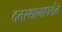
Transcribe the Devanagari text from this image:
दत्तस्थानापर्यंत